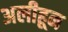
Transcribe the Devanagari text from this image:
अलीहून